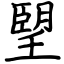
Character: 朢